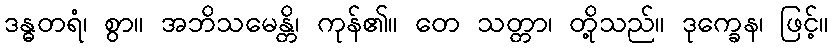
ဒန္ဓတရံ၊ စွာ။ အဘိသမေန္တိ၊ ကုန်၏။ တေ သတ္တာ၊ တို့သည်။ ဒုက္ခေန၊ ဖြင့်။